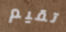
تقيم